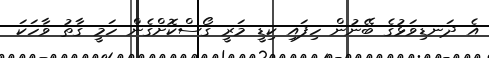
އެ ދަނޑިވަޅުގެ ބޭނުން ހިފައި ކިޑީ މަރީ ގޯސްކޮށްގެން ހަމީ ގާތު ވާހަކަ